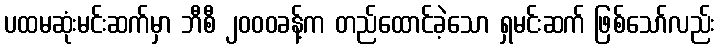
ပထမဆုံးမင်းဆက်မှာ ဘီစီ ၂၀၀၀ခန့်က တည်ထောင်ခဲ့သော ရှမင်းဆက် ဖြစ်သော်လည်း